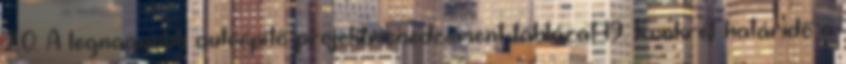
20: A legnagyobb autóépítő projektmenedzsment-táblázat 19. Konkrét határidő a